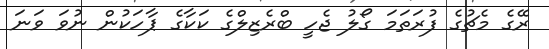
ރޭގެ މެޗުގެ ފުރަތަމަ ގޯލު ޖެހީ ބްރެޒިލްގެ ކަކާގެ ޕާހަކުން ނުވަ ވަނަ